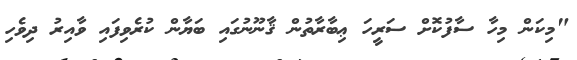
"މިކަން މިހާ ސާފުކޮށް ސަރީހަ ޢިބާރާތުން ޤާނޫނުގައި ބަޔާން ކުރެވިފައި ވާއިރު ދިވެހި